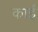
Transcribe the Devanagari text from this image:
काईं